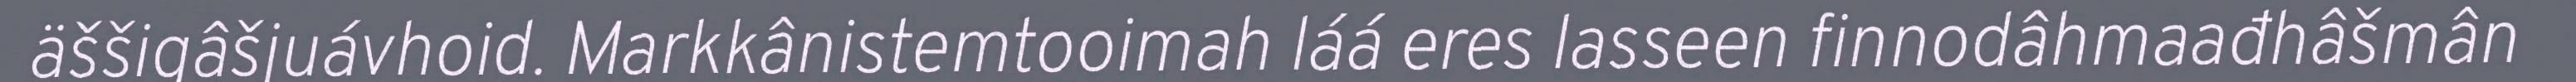
äššigâšjuávhoid. Markkânistemtooimah láá eres lasseen finnodâhmaađhâšmân